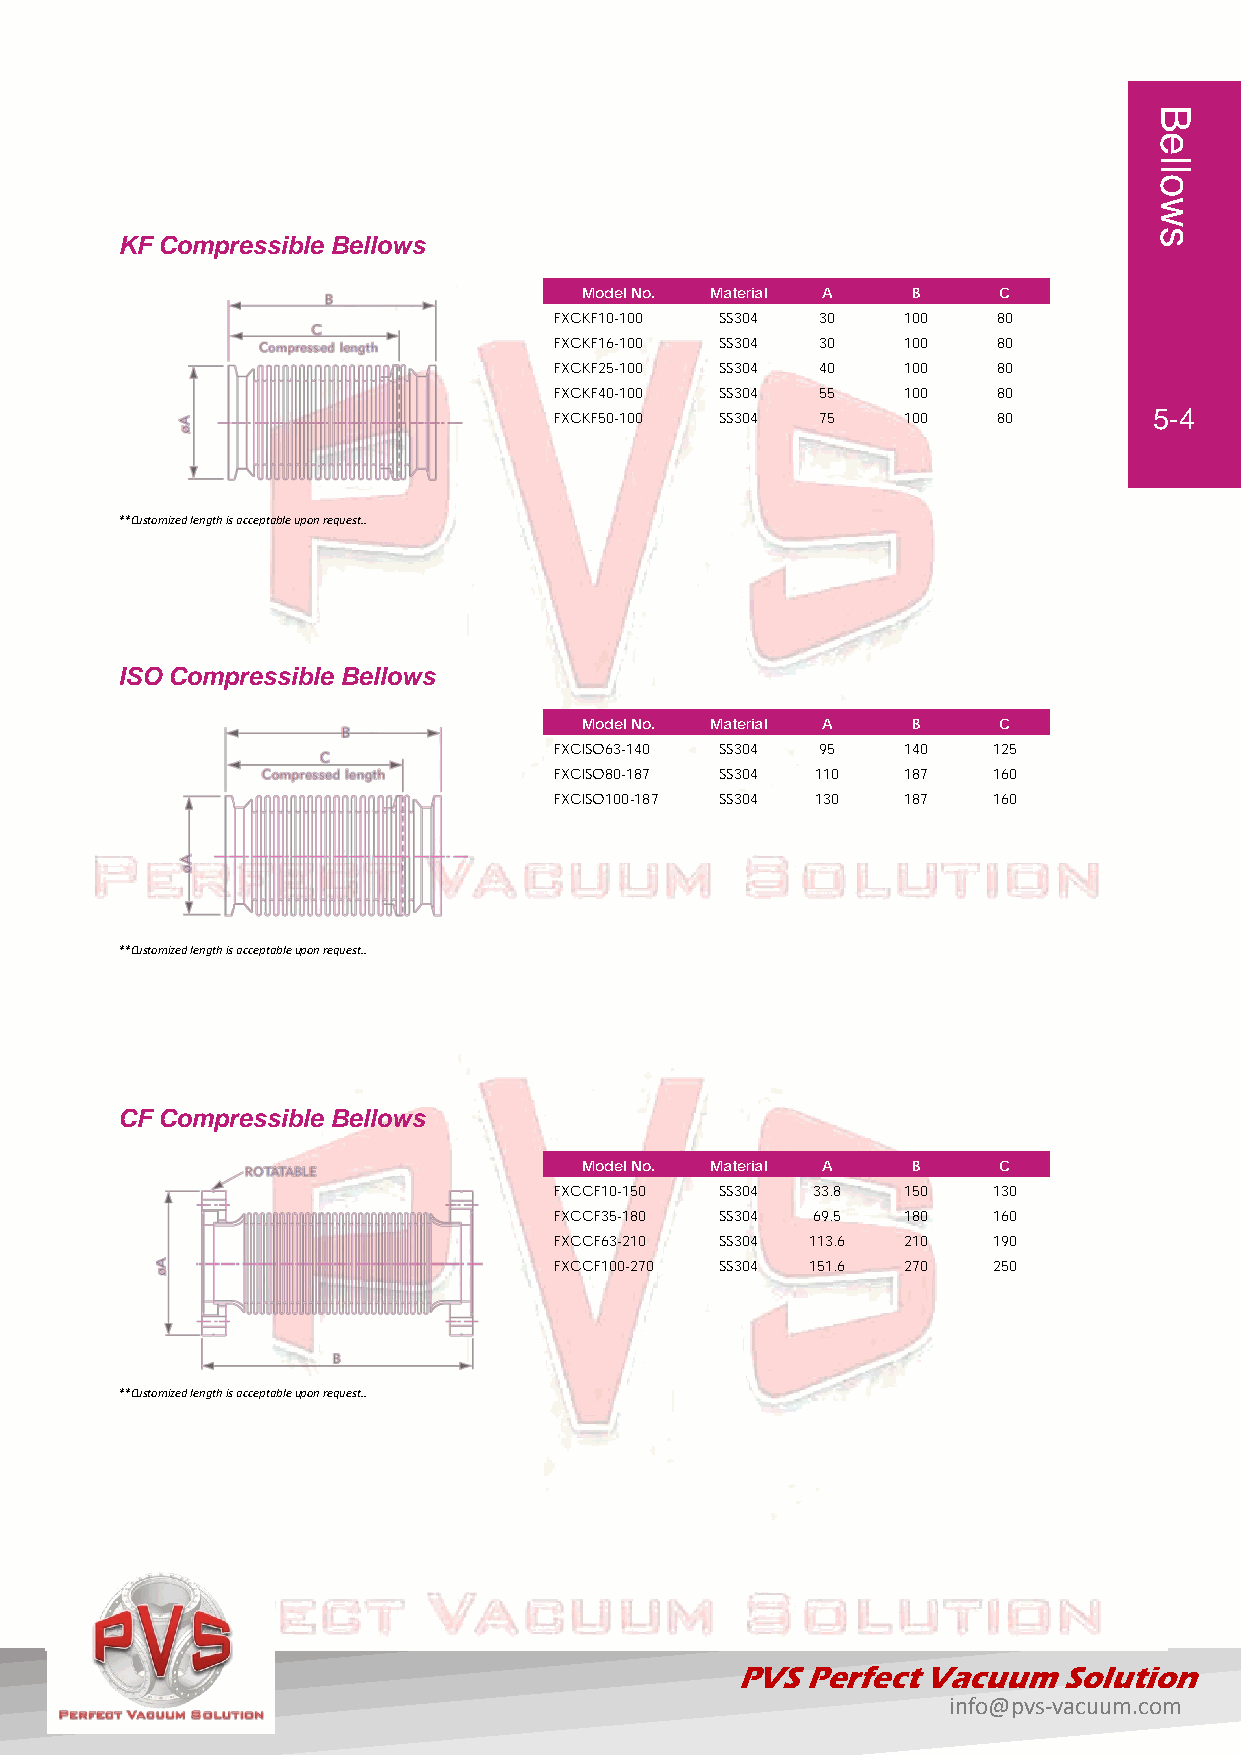
KF Compressible Bellows
 Model No. Material A B     C
 FXCKF10-100 SS304 30   100   80
 FXCKF16-100 SS304 30   100   80
 FXCKF25-100 SS304 40   100   80
 FXCKF40-100 SS304 55   100   80
 FXCKF50-100 SS304 75   100   80        5-4
 **Customized length is acceptable upon request..
 ISO Compressible Bellows
 Model No. Material A B     C
 FXCISO63-140 SS304 95  140   125
 FXCISO80-187 SS304 110 187   160
 FXCISO100-187 SS304 130 187  160
 **Customized length is acceptable upon request..
 CF Compressible Bellows
 Model No. Material A B     C
 FXCCF10-150 SS304 33.8 150   130
 FXCCF35-180 SS304 69.5 180   160
 FXCCF63-210 SS304 113.6 210  190
 FXCCF100-270 SS304 151.6 270 250
 **Customized length is acceptable upon request..
 PVS Perfect Vacuum   Solution
 info@pvs-vacuum.com
 Bellows